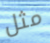
مثل